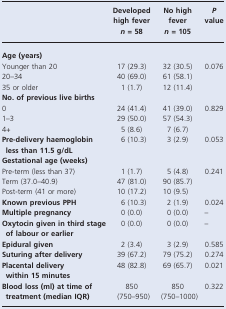
<table><thead><tr><td></td><td><b>Developed high fever <i>n</i> = 58</b></td><td><b>No high fever <i>n</i> = 105</b></td><td><b><i>P</i> value</b></td></tr></thead><tbody><tr><td colspan="4"><b>Age (years)</b></td></tr><tr><td>Younger than 20</td><td>17 (29.3)</td><td>32 (30.5)</td><td>0.076</td></tr><tr><td>20–34</td><td>40 (69.0)</td><td>61 (58.1)</td><td></td></tr><tr><td>35 or older</td><td>1 (1.7)</td><td>12 (11.4)</td><td></td></tr><tr><td colspan="4"><b>No. of previous live births</b></td></tr><tr><td>0</td><td>24 (41.4)</td><td>41 (39.0)</td><td>0.829</td></tr><tr><td>1–3</td><td>29 (50.0)</td><td>57 (54.3)</td><td></td></tr><tr><td>4+</td><td>5 (8.6)</td><td>7 (6.7)</td><td></td></tr><tr><td><b>Pre-delivery haemoglobin less than 11.5 g/dL</b></td><td>6 (10.3)</td><td>3 (2.9)</td><td>0.053</td></tr><tr><td colspan="4"><b>Gestational age (weeks)</b></td></tr><tr><td>Pre-term (less than 37)</td><td>1 (1.7)</td><td>5 (4.8)</td><td>0.241</td></tr><tr><td>Term (37.0–40.9)</td><td>47 (81.0)</td><td>90 (85.7)</td><td></td></tr><tr><td>Post-term (41 or more)</td><td>10 (17.2)</td><td>10 (9.5)</td><td></td></tr><tr><td><b>Known previous PPH</b></td><td>6 (10.3)</td><td>2 (1.9)</td><td>0.024</td></tr><tr><td><b>Multiple pregnancy</b></td><td>0 (0.0)</td><td>0 (0.0)</td><td>–</td></tr><tr><td><b>Oxytocin given in third stage of labour or earlier</b></td><td>0 (0.0)</td><td>0 (0.0)</td><td>–</td></tr><tr><td><b>Epidural given</b></td><td>2 (3.4)</td><td>3 (2.9)</td><td>0.585</td></tr><tr><td><b>Suturing after delivery</b></td><td>39 (67.2)</td><td>79 (75.2)</td><td>0.274</td></tr><tr><td><b>Placental delivery within 15 minutes</b></td><td>48 (82.8)</td><td>69 (65.7)</td><td>0.021</td></tr><tr><td><b>Blood loss (ml) at time of treatment (median IQR)</b></td><td>850 (750–950)</td><td>850 (750–1000)</td><td>0.322</td></tr></tbody></table>